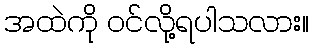
အထဲကို ဝင်လို့ရပါသလား။